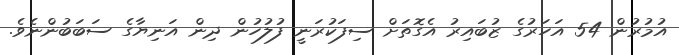
އުމުރުން 54 އަހަރުގެ ޒުބައިރު އެގޮތަށް ސިފަކުރަނީ ފުލުހުން ދިން އަނިޔާގެ ސަބަބުންނެވެ.